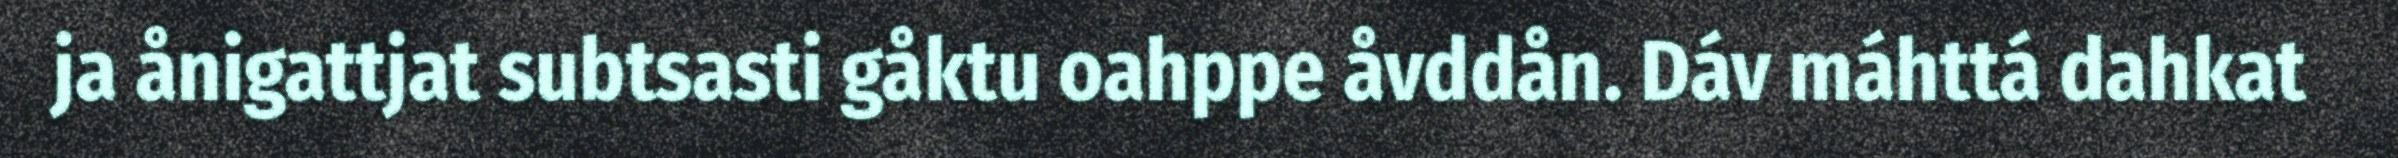
ja ånigattjat subtsasti gåktu oahppe åvddån. Dáv máhttá dahkat